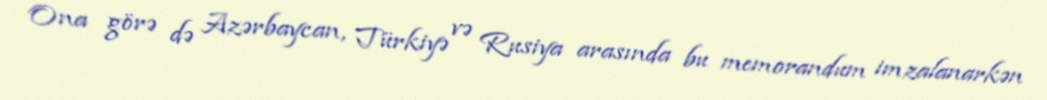
Ona görə də Azərbaycan, Türkiyə və Rusiya arasında bu memorandum imzalanarkən